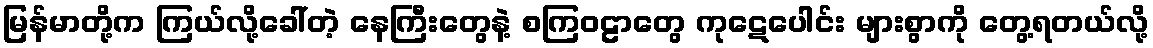
မြန်မာတို့က ကြယ်လို့ခေါ်တဲ့ နေကြီးတွေနဲ့ စကြဝဠာတွေ ကုဋေပေါင်း များစွာကို တွေ့ရတယ်လို့